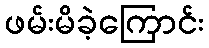
ဖမ်းမိခဲ့ကြောင်း